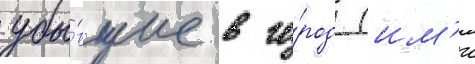
убы́вшие в го́род (им'и